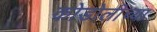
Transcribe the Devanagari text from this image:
कोडोलीच्या